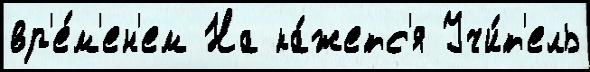
вр'е́м'ен'ем На ка́жетс'я Учи́т'ель